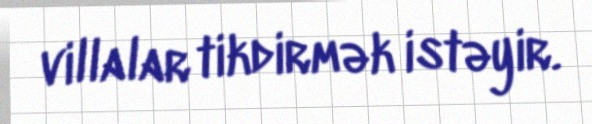
villalar tikdirmək istəyir.